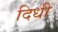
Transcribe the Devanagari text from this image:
दिधी